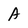
Character: A